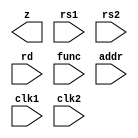
`timescale 1ns / 1ps

module Pipeline_assign(z,rs1,rs2,rd,func,addr,clk1,clk2);
input[3:0] rs1,rs2,rd,func;
input[7:0] addr;
input clk1,clk2;
output[15:0] z;
reg[15:0] L12_A,L12_B,L23_z,L34_z;
reg[3:0] L12_rd,L12_func,L23_rd;
reg[15:0] L12_addr,L23_addr,L34_addr;
reg[15:0] regbank[0:15];
reg[15:0] mem[0:255];
assign zout=L34_z;
always @(posedge clk1)
begin
L12_A <= #2 regbank[rs1];
L12_B <= #2 regbank[rs2];
L12_rd <= #2 rd;
L12_func <= #2 func;
L12_addr <= #2 addr;
end
always @(negedge clk2)
begin
case(func)
0: L23_z  <=  #2 L12_A + L12_B;
1: L23_z  <=  #2 L12_A - L12_B;
2: L23_z  <=  #2 L12_A * L12_B;
3: L23_z  <=  #2 L12_A;
4: L23_z  <=  #2 L12_B;
5: L23_z  <=  #2 L12_A & L12_B;
6: L23_z  <=  #2 L12_A | L12_B;
7: L23_z  <=  #2 L12_A ^ L12_B;
8: L23_z  <=  #2 - L12_A ;
9: L23_z  <=  #2 - L12_B;
10: L23_z  <=  #2 L12_A >> 1;
11: L23_z  <=  #2 L12_A << 1;
default: L23_z <= #2 L12_rd;
endcase
L23_rd <= #2 L12_rd;
L23_addr <= #2 L12_addr;
end

always @(posedge clk1)
begin
regbank[L23_rd] <=  #2 L23_z;
L34_z <= #2 L23_z;
L34_addr <= #2 L23_addr;
end

always @(negedge clk2)
begin
mem[L34_addr]  <=  #2  L34_z;
end



endmodule